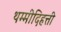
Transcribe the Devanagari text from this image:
थम्मीदिहत्ती